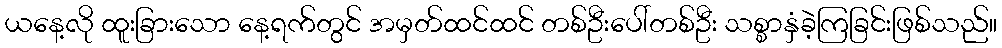
ယနေ့လို ထူးခြားသော နေ့ရက်တွင် အမှတ်ထင်ထင် တစ်ဦးပေါ်တစ်ဦး သစ္စာနှံခဲ့ကြခြင်းဖြစ်သည်။